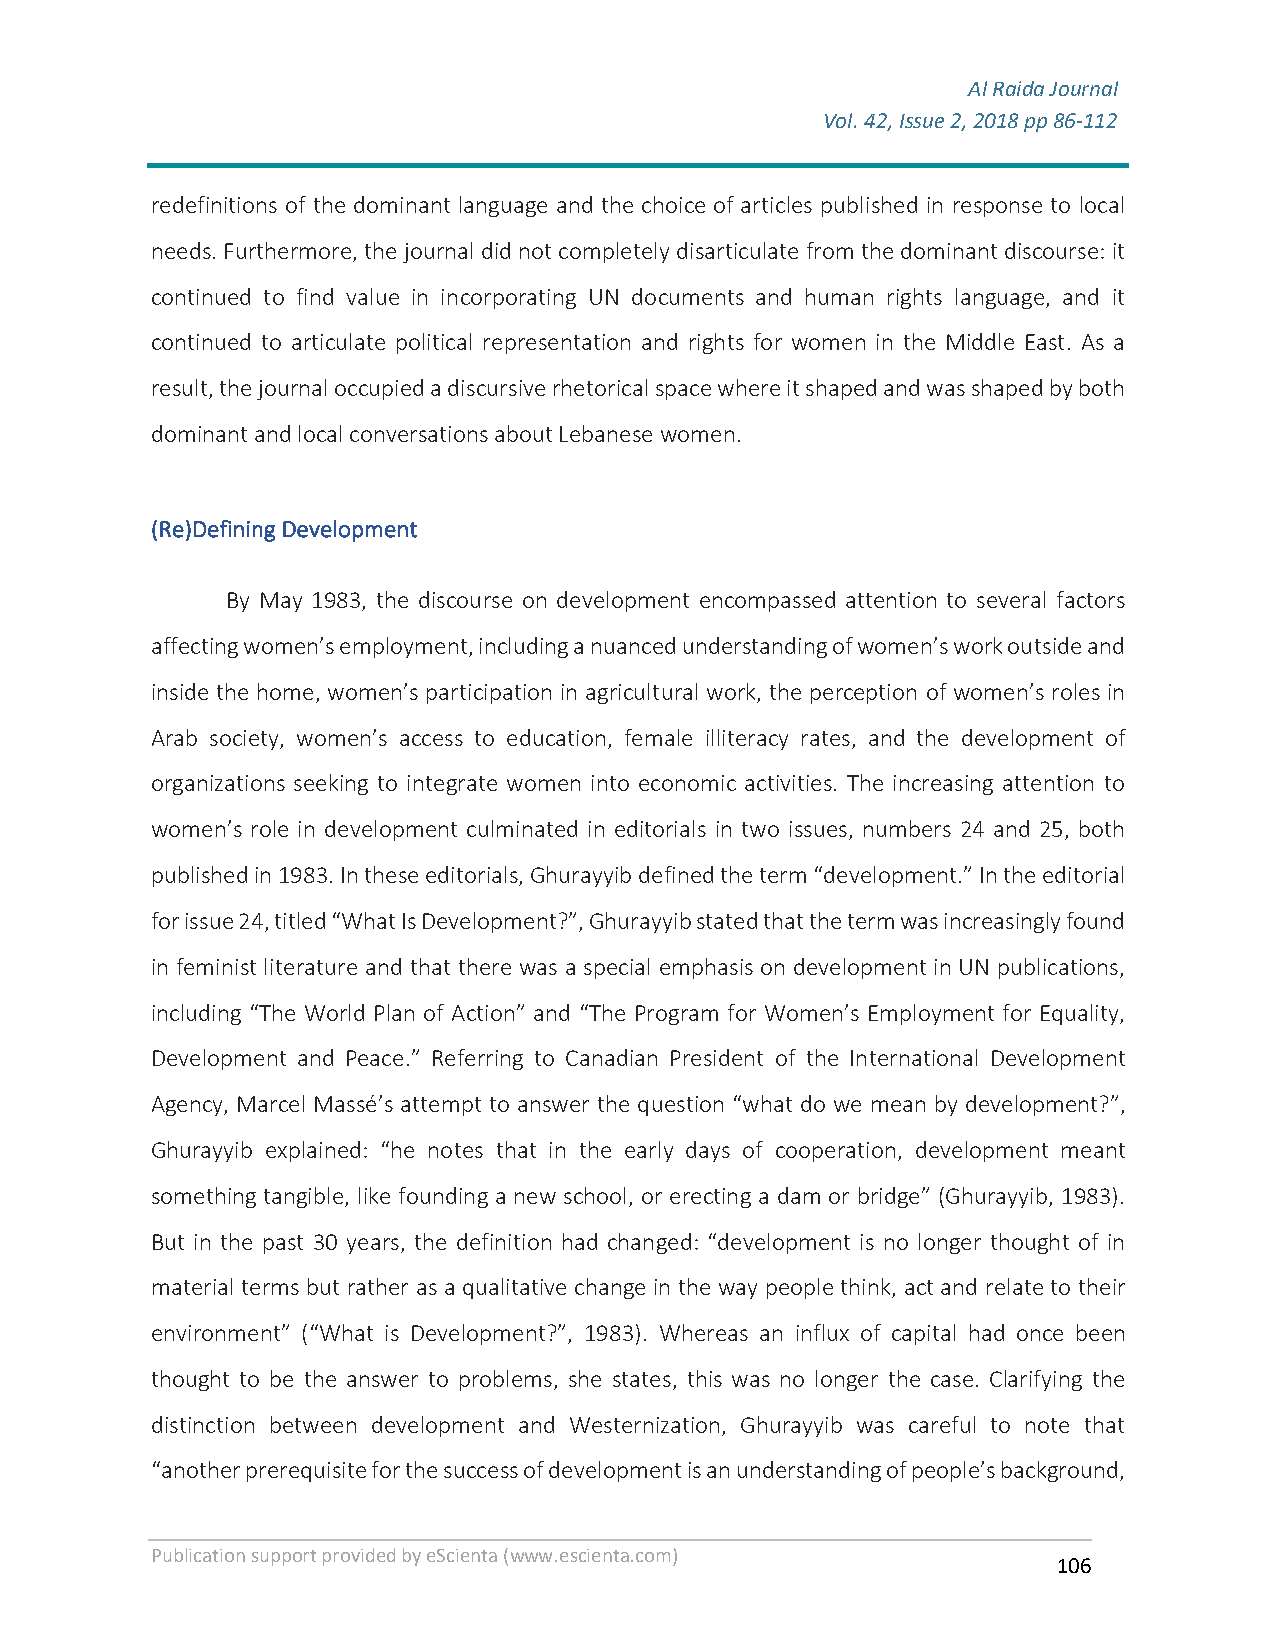
Al Raida Journal
 Vol. 42, Issue 2, 2018 pp 86-112
 F
 redefinitions of the dominant language and the choice of articles published in response to local
 needs. Furthermore, the journal did not completely disarticulate from the dominant discourse: it
 continued to find value in incorporating UN documents and human rights language, and it
 continued to articulate political representation and rights for women in the Middle East. As a
 result, the journal occupied a discursive rhetorical space where it shaped and was shaped by both
 dominant and local conversations about Lebanese women.
 (Re)Defining Development
 By May 1983, the discourse on development encompassed attention to several factors
 affecting women’s employment, including a nuanced understanding of women’s work outside and
 inside the home, women’s participation in agricultural work, the perception of women’s roles in
 Arab society, women’s access to education, female illiteracy rates, and the development of
 organizations seeking to integrate women into economic activities. The increasing attention to
 women’s role in development culminated in editorials in two issues, numbers 24 and 25, both
 published in 1983. In these editorials, Ghurayyib defined the term “development.” In the editorial
 for issue 24, titled “What Is Development?”, Ghurayyib stated that the term was increasingly found
 in feminist literature and that there was a special emphasis on development in UN publications,
 including “The World Plan of Action” and “The Program for Women’s Employment for Equality,
 Development and Peace.” Referring to Canadian President of the International Development
 Agency, Marcel Massé’s attempt to answer the question “what do we mean by development?”,
 Ghurayyib explained: “he notes that in the early days of cooperation, development meant
 something tangible, like founding a new school, or erecting a dam or bridge” (Ghurayyib, 1983).
 But in the past 30 years, the definition had changed: “development is no longer thought of in
 material terms but rather as a qualitative change in the way people think, act and relate to their
 environment” (“What is Development?”, 1983). Whereas an influx of capital had once been
 thought to be the answer to problems, she states, this was no longer the case. Clarifying the
 distinction between development and Westernization, Ghurayyib was careful to note that
 “another prerequisite for the success of development is an understanding of people’s background,
 Publication support provided by eScienta (www.escienta.com)
 106